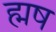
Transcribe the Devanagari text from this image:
ह्मष